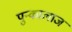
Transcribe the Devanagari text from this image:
पुन्कालाज